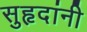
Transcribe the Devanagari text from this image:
सुहृदांनी